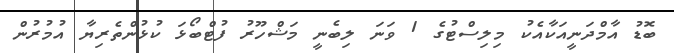
ބޮޑު އާމްދަނީއަކާއެކު މިލިސްޓުގެ 1 ވަނަ ލިބެނީ މަޝްހޫރު ފުޓްބޯޅަ ކުޅުންތެރިޔާ އުމުރުން